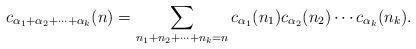
LaTeX: \begin{align*} c_{\alpha_1+\alpha_2+\cdots+\alpha_k}(n) = \sum_{n_1+n_2+\cdots + n_k = n} c_{\alpha_1}(n_1)c_{\alpha_2}(n_2)\cdots c_{\alpha_k}(n_k).\end{align*}